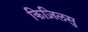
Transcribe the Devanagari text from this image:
किज़िलसु